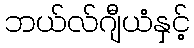
ဘယ်လ်ဂျီယံနှင့်